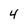
Character: 4